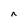
Character: n